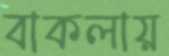
বাকলায়